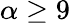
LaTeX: \alpha\geq 9